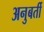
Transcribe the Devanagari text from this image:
अनुबर्ती